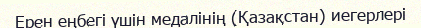
Ерен еңбегі үшін медалінің (Қазақстан) иегерлері